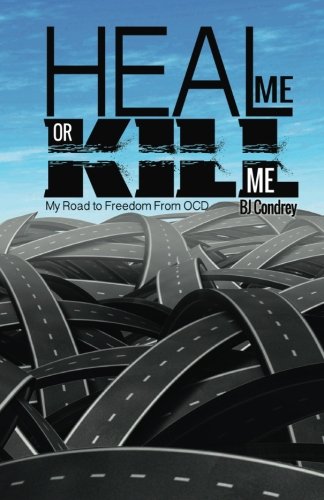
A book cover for Heal Me or Kill Me: My Road to Freedom From OCD; B.J. Condrey; Health, Fitness & Dieting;